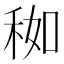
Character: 𥞚